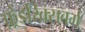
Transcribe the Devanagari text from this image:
फ़्रेडरिक्सबर्ग